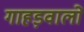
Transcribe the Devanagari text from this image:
गाहड़वालों